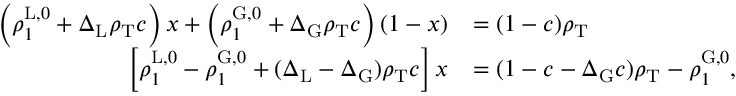
\begin{array} { r l } { \left( \rho _ { 1 } ^ { \mathrm { L } , 0 } + \Delta _ { \mathrm { L } } \rho _ { \mathrm { T } } c \right) x + \left( \rho _ { 1 } ^ { \mathrm { G } , 0 } + \Delta _ { \mathrm { G } } \rho _ { \mathrm { T } } c \right) ( 1 - x ) } & { = ( 1 - c ) \rho _ { \mathrm { T } } } \\ { \left[ \rho _ { 1 } ^ { \mathrm { L } , 0 } - \rho _ { 1 } ^ { \mathrm { G } , 0 } + ( \Delta _ { \mathrm { L } } - \Delta _ { \mathrm { G } } ) \rho _ { \mathrm { T } } c \right] x } & { = ( 1 - c - \Delta _ { \mathrm { G } } c ) \rho _ { \mathrm { T } } - \rho _ { 1 } ^ { \mathrm { G } , 0 } , } \end{array}